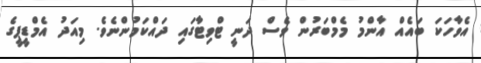
އެވާހަކަ ބައެއް އާންމު މެމްބަރުން ވެސް ދަނީ ޓްވިޓާގައި ދައްކަމުންނެވެ. މިއަދު އެމްޑީޕީގެ